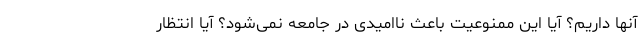
آنها داریم؟ آیا این ممنوعیت باعث ناامیدی در جامعه نمی‌شود؟ آیا انتظار